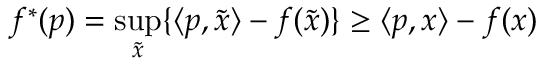
f ^ { * } ( p ) = \operatorname* { s u p } _ { \tilde { x } } \{ \langle p , { \tilde { x } } \rangle - f ( { \tilde { x } } ) \} \geq \langle p , x \rangle - f ( x )